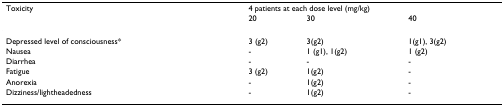
| Toxicity | <COLSPAN=3> 4 patients at each dose level (mg/kg) |
 |  | 20 | 30 | 40 |
 | --- | --- | --- | --- |
 | Depressed level of consciousness* | 3 (g2) | 3(g2) | 1(g1), 3(g2) |
 | Nausea | - | 1 (g1), 1(g2) | 1 (g2) |
 | Diarrhea | - | - | - |
 | Fatigue | 3 (g2) | 1(g2) | - |
 | Anorexia | - | 1(g2) | - |
 | Dizziness/lightheadedness | - | 1(g2) | - |